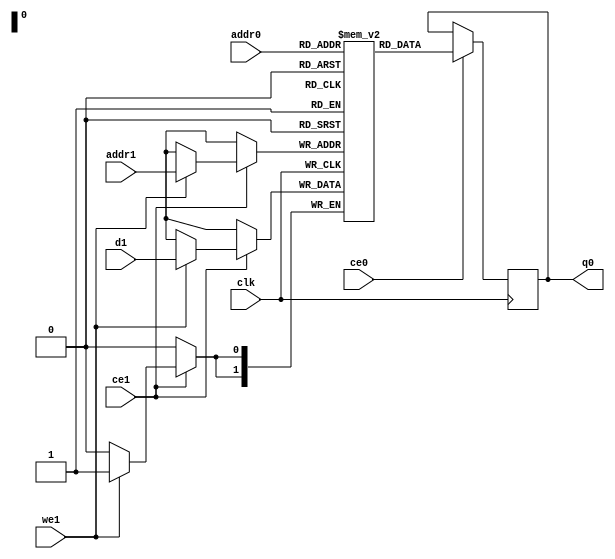
// ==============================================================
// File generated by Vivado(TM) HLS - High-Level Synthesis from C, C++ and SystemC
// Version: 2017.4.op
// Copyright (C) 1986-2018 Xilinx, Inc. All Rights Reserved.
// 
// ==============================================================

`timescale 1 ns / 1 ps
module sw_maxscore_q2bit_0_V_15_ram (addr0, ce0, q0, addr1, ce1, d1, we1,  clk);

parameter DWIDTH = 2;
parameter AWIDTH = 2;
parameter MEM_SIZE = 4;

input[AWIDTH-1:0] addr0;
input ce0;
output reg[DWIDTH-1:0] q0;
input[AWIDTH-1:0] addr1;
input ce1;
input[DWIDTH-1:0] d1;
input we1;
input clk;

(* ram_style = "distributed" *)reg [DWIDTH-1:0] ram[0:MEM_SIZE-1];




always @(posedge clk)  
begin 
    if (ce0) 
    begin
            q0 <= ram[addr0];
    end
end


always @(posedge clk)  
begin 
    if (ce1) 
    begin
        if (we1) 
        begin 
            ram[addr1] <= d1; 
        end 
    end
end


endmodule


`timescale 1 ns / 1 ps
module sw_maxscore_q2bit_0_V_15(
    reset,
    clk,
    address0,
    ce0,
    q0,
    address1,
    ce1,
    we1,
    d1);

parameter DataWidth = 32'd2;
parameter AddressRange = 32'd4;
parameter AddressWidth = 32'd2;
input reset;
input clk;
input[AddressWidth - 1:0] address0;
input ce0;
output[DataWidth - 1:0] q0;
input[AddressWidth - 1:0] address1;
input ce1;
input we1;
input[DataWidth - 1:0] d1;



sw_maxscore_q2bit_0_V_15_ram sw_maxscore_q2bit_0_V_15_ram_U(
    .clk( clk ),
    .addr0( address0 ),
    .ce0( ce0 ),
    .q0( q0 ),
    .addr1( address1 ),
    .ce1( ce1 ),
    .d1( d1 ),
    .we1( we1 ));

endmodule